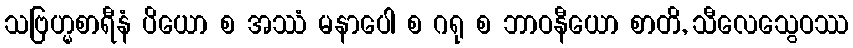
သဗြဟ္မစာရီနံ ပိယော စ အဿံ မနာပေါ စ ဂရု စ ဘာဝနီယော စာတိ, သီလေသွေဝဿ